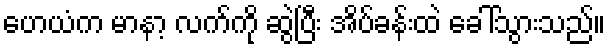
ဟေယံက မာနာ့ လက်ကို ဆွဲပြီး အိပ်ခန်းထဲ ခေါ်သွားသည်။